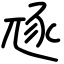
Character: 豗